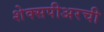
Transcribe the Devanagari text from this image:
शेक्सपीअरची